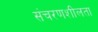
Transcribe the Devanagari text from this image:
संचरणशीलता